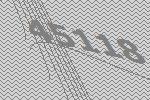
45118